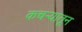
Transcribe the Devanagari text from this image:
कचऱ्यातून